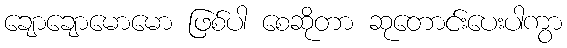
ချောချောမောမော ဖြစ်ပါ စေဆိုတာ ဆုတောင်းပေးပါကွာ